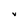
Character: V